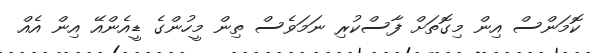
ކޮމަންސް އިން މިގޮތަށް ފާސްކުރި ނަމަވެސް ތިން މީހުންގެ ޑީއެންއޭ އިން އެއް